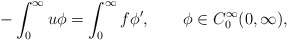
\begin{align*}-\int_0^\infty u\phi=\int_0^\infty f\phi',\qquad\phi\in C_0^\infty(0,\infty),\end{align*}